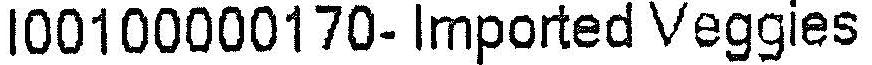
I00100000170- IMPORTED VEGGIES